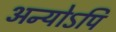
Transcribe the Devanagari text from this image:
अन्योऽपि